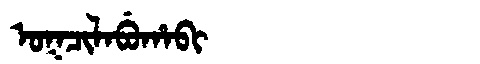
Manchu: ᠣᡴᠴᡳᠯᠠᠪᡠᡥᠠᠪᡳ
Romanization: OKCILABUHABI